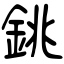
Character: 銚